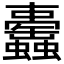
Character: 𧕰